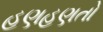
હણહણતો